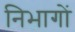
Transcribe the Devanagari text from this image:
निभागों